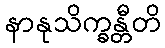
နာနုသိက္ခန္တီတိ